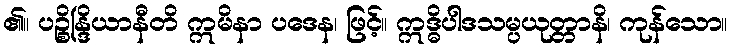
၏။ ပဉ္စိန္ဒြိယာနီတိ ဣမိနာ ပဒေန၊ ဖြင့်။ ဣဒ္ဓိပါဒသမ္ပယုတ္တာနိ၊ ကုန်သော။